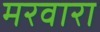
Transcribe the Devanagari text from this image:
मरवारा